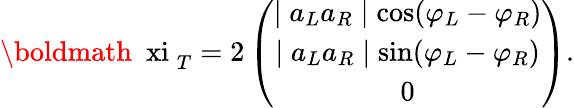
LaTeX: \mathrm{\boldmath~\ xi~}_{T}=2\left(\begin{array}{c}{{\mid a_{L}a_{R}\mid\cos(\varphi_{L}-\varphi_{R})}}\\ {{\mid a_{L}a_{R}\mid\sin(\varphi_{L}-\varphi_{R})}}\\ {{0}}\end{array}\right).